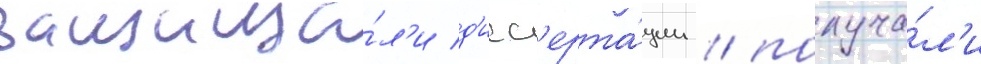
защища́л'и д'исс'ерта́ции / получа́л'и